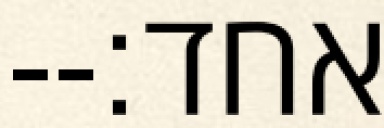
אחד׃--